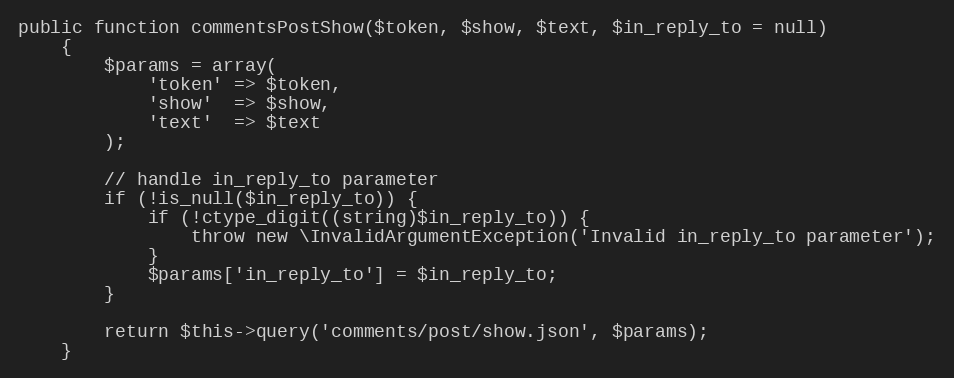
Language: PHP
public function commentsPostShow($token, $show, $text, $in_reply_to = null)
    {
        $params = array(
            'token' => $token,
            'show'  => $show,
            'text'  => $text
        );

        // handle in_reply_to parameter
        if (!is_null($in_reply_to)) {
            if (!ctype_digit((string)$in_reply_to)) {
                throw new \InvalidArgumentException('Invalid in_reply_to parameter');
            }
            $params['in_reply_to'] = $in_reply_to;
        }

        return $this->query('comments/post/show.json', $params);
    }